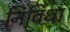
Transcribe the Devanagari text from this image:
निविधा